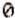
0